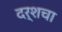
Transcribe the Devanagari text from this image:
दर्शचा